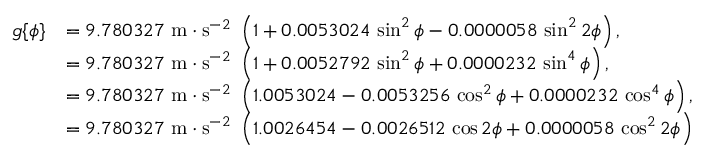
{ \begin{array} { r l } { g \{ \phi \} } & { = 9 . 7 8 0 3 2 7 \, \, \mathrm { m } \cdot \mathrm { s } ^ { - 2 } \, \, \left( 1 + 0 . 0 0 5 3 0 2 4 \, \sin ^ { 2 } \phi - 0 . 0 0 0 0 0 5 8 \, \sin ^ { 2 } 2 \phi \right) , } \\ & { = 9 . 7 8 0 3 2 7 \, \, \mathrm { m } \cdot \mathrm { s } ^ { - 2 } \, \, \left( 1 + 0 . 0 0 5 2 7 9 2 \, \sin ^ { 2 } \phi + 0 . 0 0 0 0 2 3 2 \, \sin ^ { 4 } \phi \right) , } \\ & { = 9 . 7 8 0 3 2 7 \, \, \mathrm { m } \cdot \mathrm { s } ^ { - 2 } \, \, \left( 1 . 0 0 5 3 0 2 4 - 0 . 0 0 5 3 2 5 6 \, \cos ^ { 2 } \phi + 0 . 0 0 0 0 2 3 2 \, \cos ^ { 4 } \phi \right) , } \\ & { = 9 . 7 8 0 3 2 7 \, \, \mathrm { m } \cdot \mathrm { s } ^ { - 2 } \, \, \left( 1 . 0 0 2 6 4 5 4 - 0 . 0 0 2 6 5 1 2 \, \cos 2 \phi + 0 . 0 0 0 0 0 5 8 \, \cos ^ { 2 } 2 \phi \right) } \end{array} }